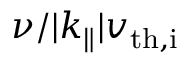
\nu / | k _ { \parallel } | v _ { \mathrm { t h , i } }